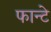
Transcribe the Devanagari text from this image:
फान्टे